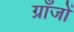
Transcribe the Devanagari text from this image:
ग्राँजों